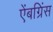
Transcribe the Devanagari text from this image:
ऐंबग्रिंस